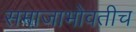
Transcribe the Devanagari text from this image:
समाजाभोवतीच